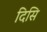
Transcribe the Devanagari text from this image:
दिसि